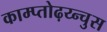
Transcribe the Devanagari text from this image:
काम्प्तोढ़य्न्चुस